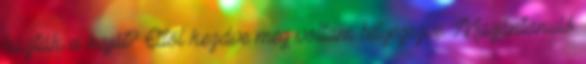
húzták a haját? Ettől kezdve meg voltam bélyegezve. Magántanuló